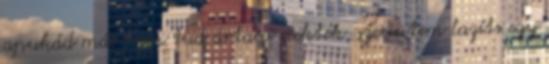
apukád már nem tud ártani nektek, szerintem lazíts egy